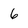
Character: 6